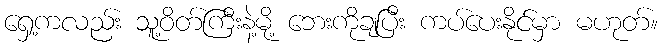
ရှေ့ကလည်း သူ့ဝိတ်ကြီးနဲ့မို့ ဘေးကိုချပြီး ကပ်ပေးနိုင်မှာ မဟုတ်။